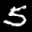
Label: 5